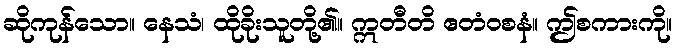
ဆိုကုန်သော။ နေသံ၊ ထိုခိုးသူတို့၏။ ဣတီတိ ဧတံဝစနံ။ ဤစကားကို။